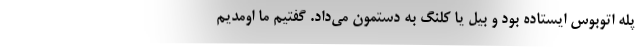
پله اتوبوس ايستاده بود و بيل يا كلنگ به دستمون مي‌داد. گفتيم ما اومديم